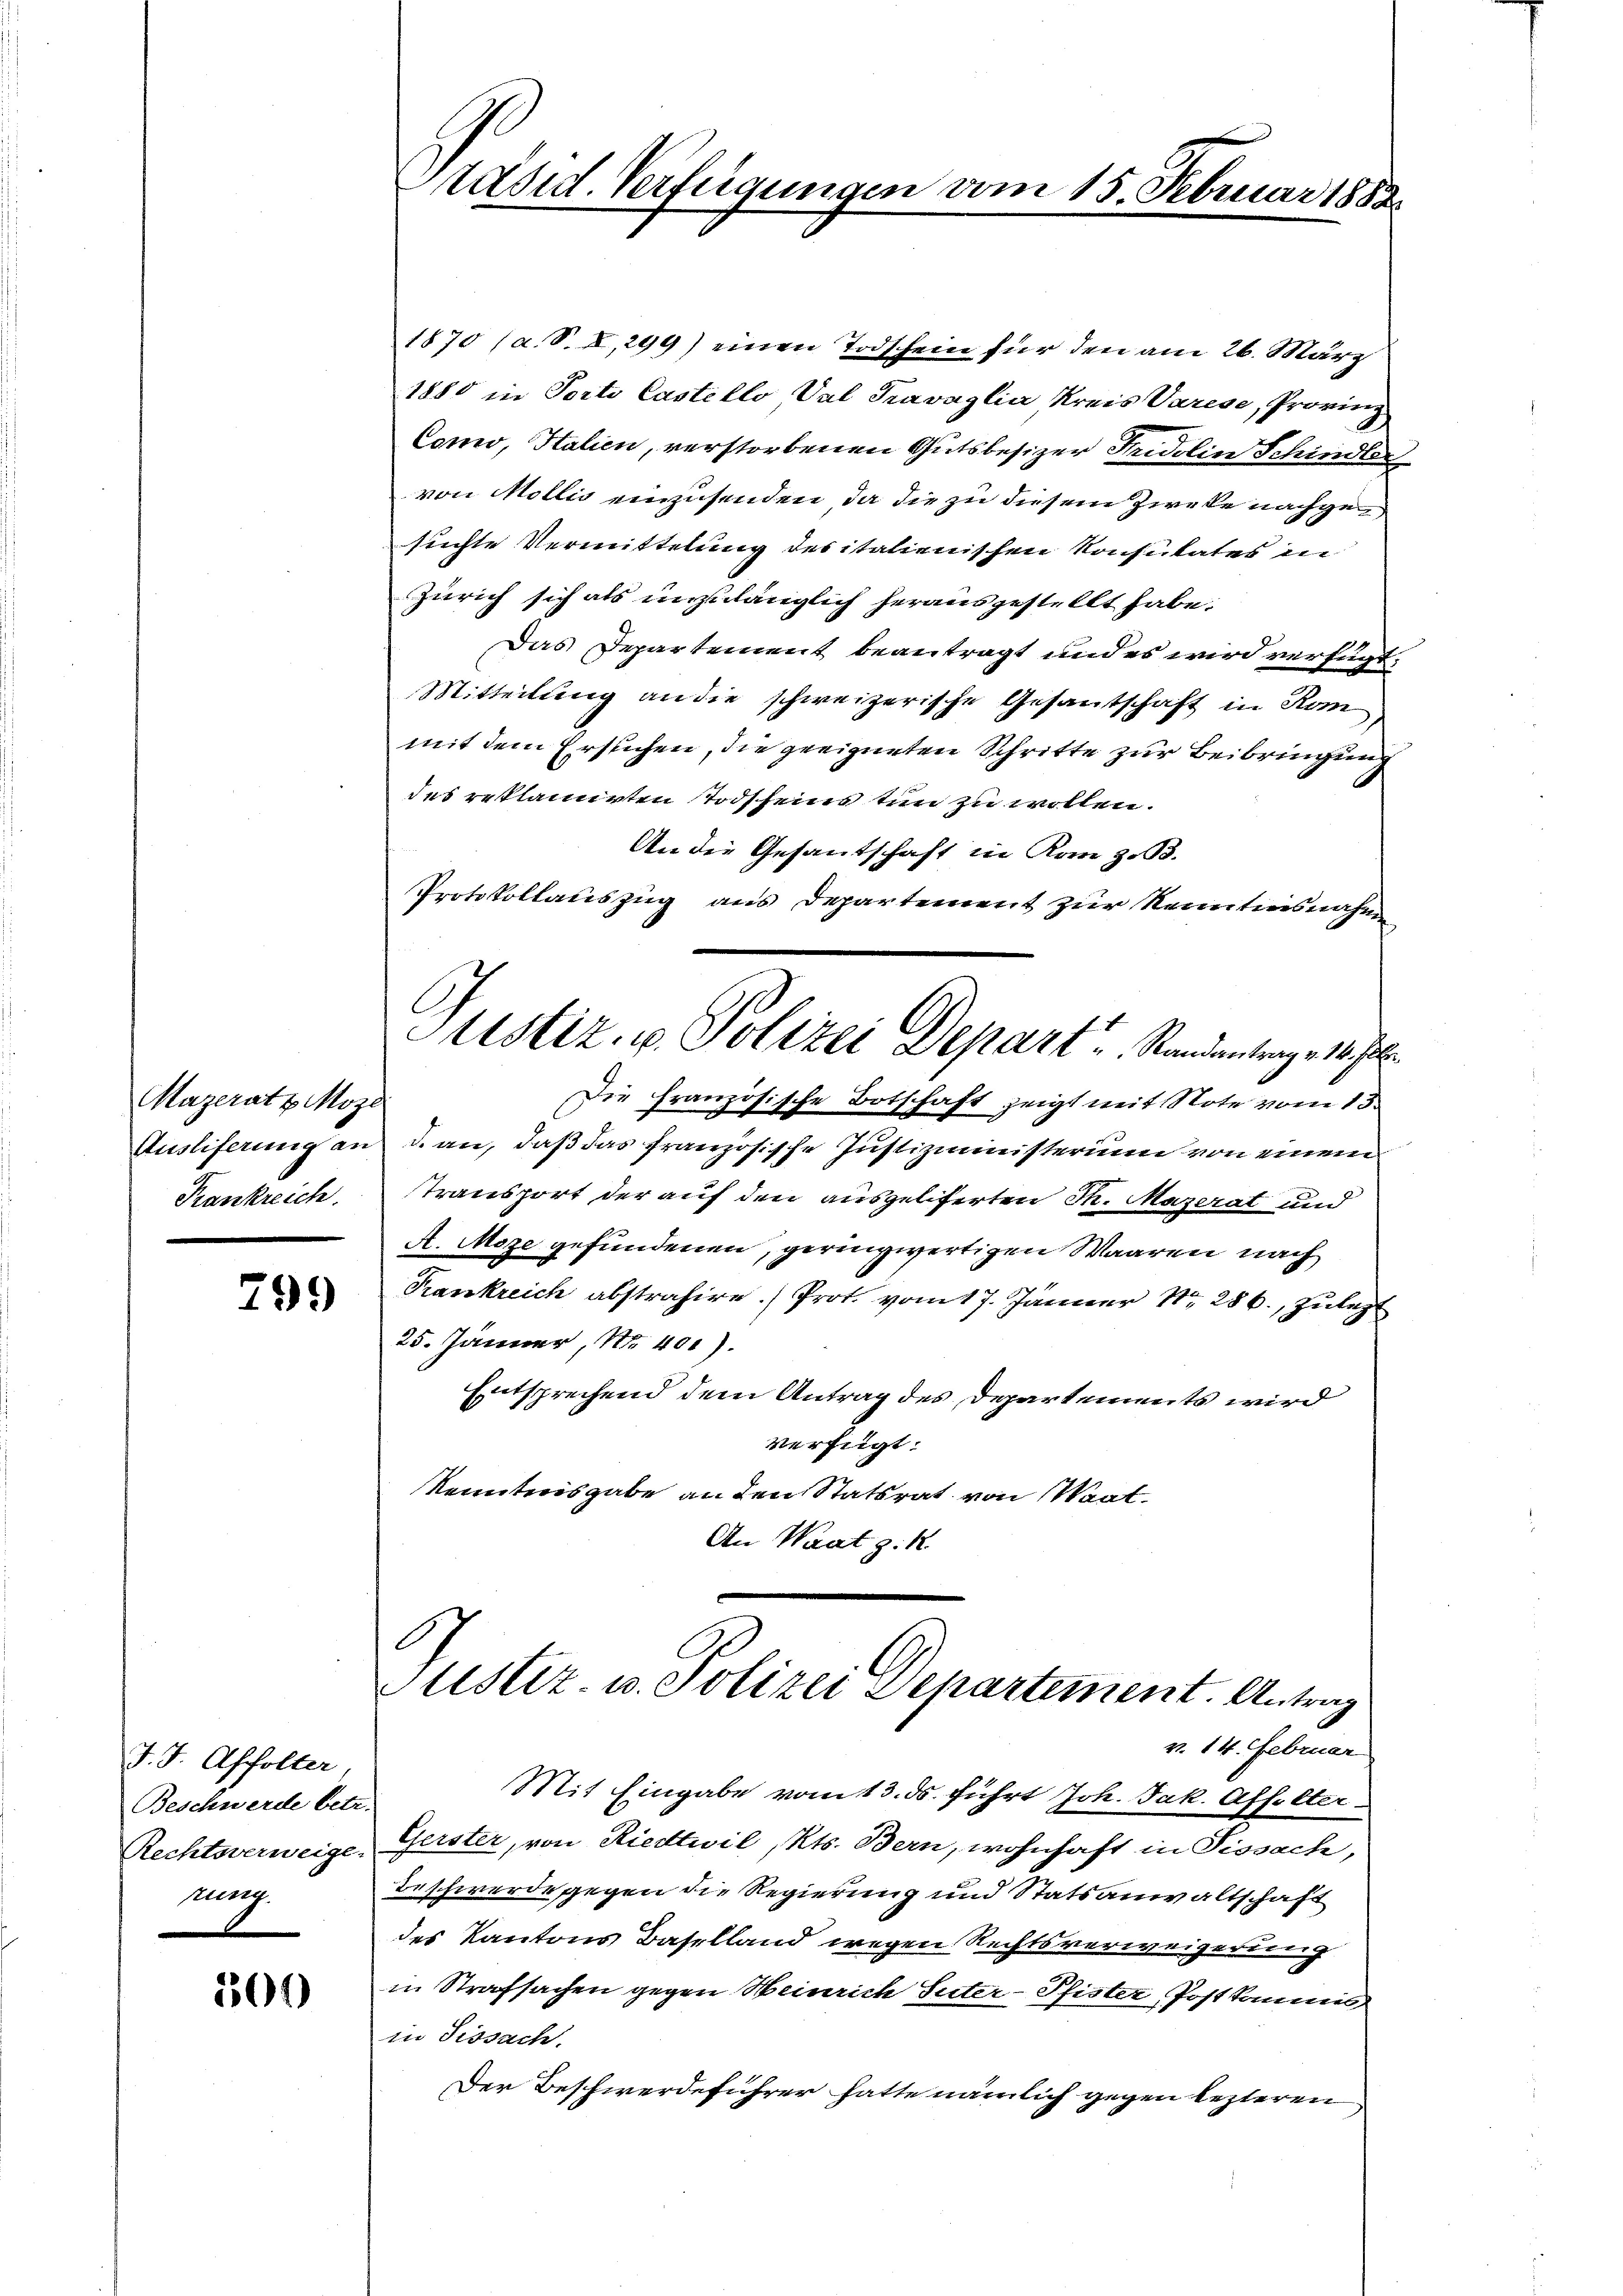
Mazerat u. Moze
Ausliferung an
Frankreich.

301)

299

J. J. Affolter
Beschwerde betr.
Rechtsverweige.
zung.

Stased Verfügungen am 15. Februar 1888

1870 (a. S. 2, 299) einen Todschein für den am 26. März
1880 in Porte Castello Val Travaglia Kreis Varese, Provinz
Como, Italien, verstorbenen Gutsbesizer Fridolin Schindler
von Mollis einzusenden, da die zu diesem Zweke nachgesuchte Vermittelung des italienischen Konsulates in
Zürich sich als unzulänglich herausgestellt habe.
Das Departement beantragt und es wird verfügt:
Mitteilung an die schweizerische Gesantschaft in Kon
mit dem Ersuchen, die geeigneten Schritte zur Beibringung
des reklamirten Todscheins tun zu wollen.
An die Gesantschaft in Kom z.B.
Protokollauszug aus Departement zur Kenntnisnahme
Justiz, u. Polizei Depart u. Standentrage 187
Die französische Botschaft zeigt mit Note vom 13.
d. an, daß das französische Justizministerium von einem
transport der auf den ausgelierten Th. Mazerat und
A. Moze gefundenen, geringwertigen Waaren nach
Krankreich abstrahire.) Prot vom 17. Jänner 1286, zulezt
25. Jänner, Nr. 401).
Entsprechend dem Antrag des Departements wird
verfügt:
kenntnisgabe an den Statsrat von Staat
An Waat z. R.

C
ustiz u. Polizei Departement. Antrag

v. 14. Februar
Mit Eingabe vom 13. ds. führt Joh. Jak. Affolter
Gerster, von Riedtwil, Kts. Bern, wohnhaft in Pissach,
Beschwerde gegen die Regierung und Statsanwaltschaft
des Kantons Baselland wegen Rechtsverweigerung
in Strafsachen gegen Heinrich Suter Pfister Postkommes
in Fissach.
Der Beschwerdeführer hatte nämlich gegen lezteren.